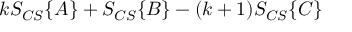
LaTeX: k S _ { C S } \{ A \} + S _ { C S } \{ B \} - ( k + 1 ) S _ { C S } \{ C \}